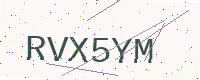
Text: RVX5YM